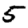
Digit: 5